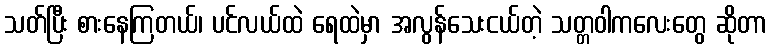
သတ်ပြီး စားနေကြတယ်၊ ပင်လယ်ထဲ ရေထဲမှာ အလွန်သေးငယ်တဲ့ သတ္တဝါကလေးတွေ ဆိုတာ